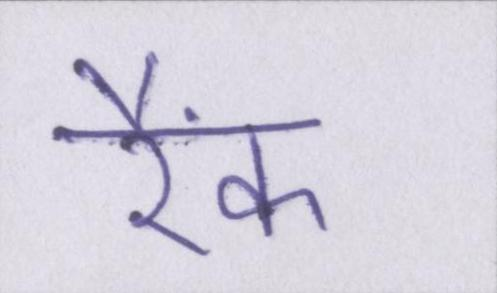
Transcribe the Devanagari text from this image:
रैंक